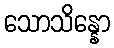
သောသိန္နော